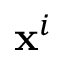
\mathbf { x } ^ { i }